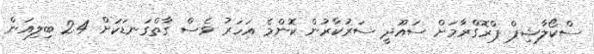
ސްކޯލާޝިޕް ޕްރޮގްރާމަށް ސައޫދީ ސަރުކާރުން ކޮންމެ އަހަރު ވެސް ގާތްގަނޑަކަށް 2.4 ބިލިއަން